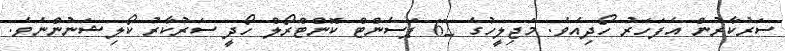
ސަރުކާރުން އެފަހަރު ހޯދިއެވެ. މަޖިލީހުގެ 62 ޕަސެންޓް ކޮންޓްރޯލް ހޯދީ ސަރުކާރު ކޯލިޝަނުންނެވެ.